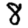
Digit: 8